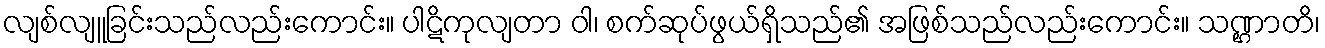
လျစ်လျူခြင်းသည်လည်းကောင်း။ ပါဋိကုလျတာ ဝါ၊ စက်ဆုပ်ဖွယ်ရှိသည်၏ အဖြစ်သည်လည်းကောင်း။ သဏ္ဌာတိ၊